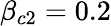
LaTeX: \beta_{c2}=0.2